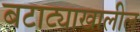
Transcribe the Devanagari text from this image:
बटाट्याखालील